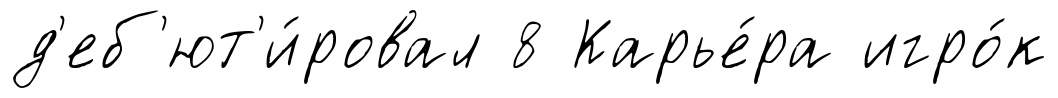
д'еб'ют'и́ровал 8 Карье́ра игро́к